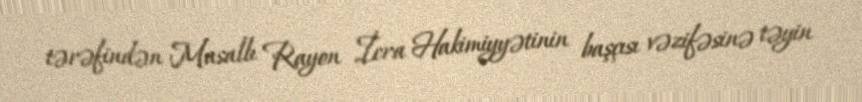
tərəfindən Masallı Rayon İcra Hakimiyyətinin başçısı vəzifəsinə təyin